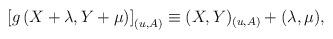
LaTeX: \begin{align*}\left[ g \left( X+\lambda,Y+\mu \right) \right]_{(u,A)} \equiv (X,Y)_{(u,A)} + (\lambda,\mu),\end{align*}